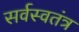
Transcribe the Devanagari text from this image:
सर्वस्वतंत्र